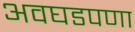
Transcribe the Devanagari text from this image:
अवघडपणा